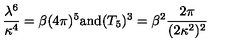
\frac { \lambda ^ { 6 } } { \kappa ^ { 4 } } = \beta ( 4 \pi ) ^ { 5 } \mathrm { a n d } ( T _ { 5 } ) ^ { 3 } = \beta ^ { 2 } \frac { 2 \pi } { ( 2 \kappa ^ { 2 } ) ^ { 2 } }